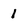
Character: 1